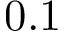
0 . 1